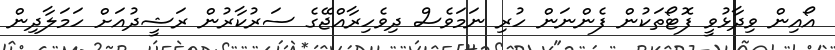
އޯއިން ވިދާޅުވީ ފޮޓޯތަކުން ފެންނަން ހުރި ނަމަވެސް ދިވެހިރާއްޖޭގެ ސަރުކާރުން ރަޝީދުއަށް ހަމަލާދިން